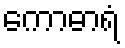
ကောဓာရံ